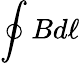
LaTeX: \oint Bd\ell